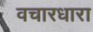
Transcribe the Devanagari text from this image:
वचारधारा